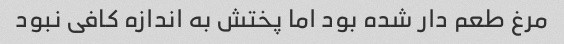
مرغ طعم دار شده بود اما ‌پختش به اندازه کافی نبود